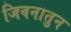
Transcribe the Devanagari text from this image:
जिवनातुन